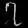
Digit: ၇